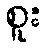
စူး